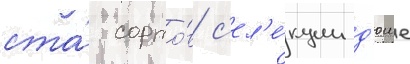
ста́ сорто́в с'ел'е́кции д'юше